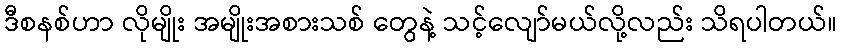
ဒီစနစ်ဟာ လိုမျိုး အမျိုးအစားသစ် တွေနဲ့ သင့်လျော်မယ်လို့လည်း သိရပါတယ်။